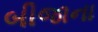
બીજાના